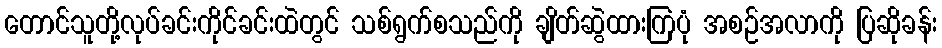
တောင်သူတို့လုပ်ခင်းကိုင်ခင်းထဲတွင် သစ်ရွက်စသည်ကို ချိတ်ဆွဲထားကြပုံ အစဉ်အလာကို ပြဆိုခန်း